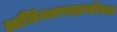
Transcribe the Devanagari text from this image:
अजिंक्यपदासोबत